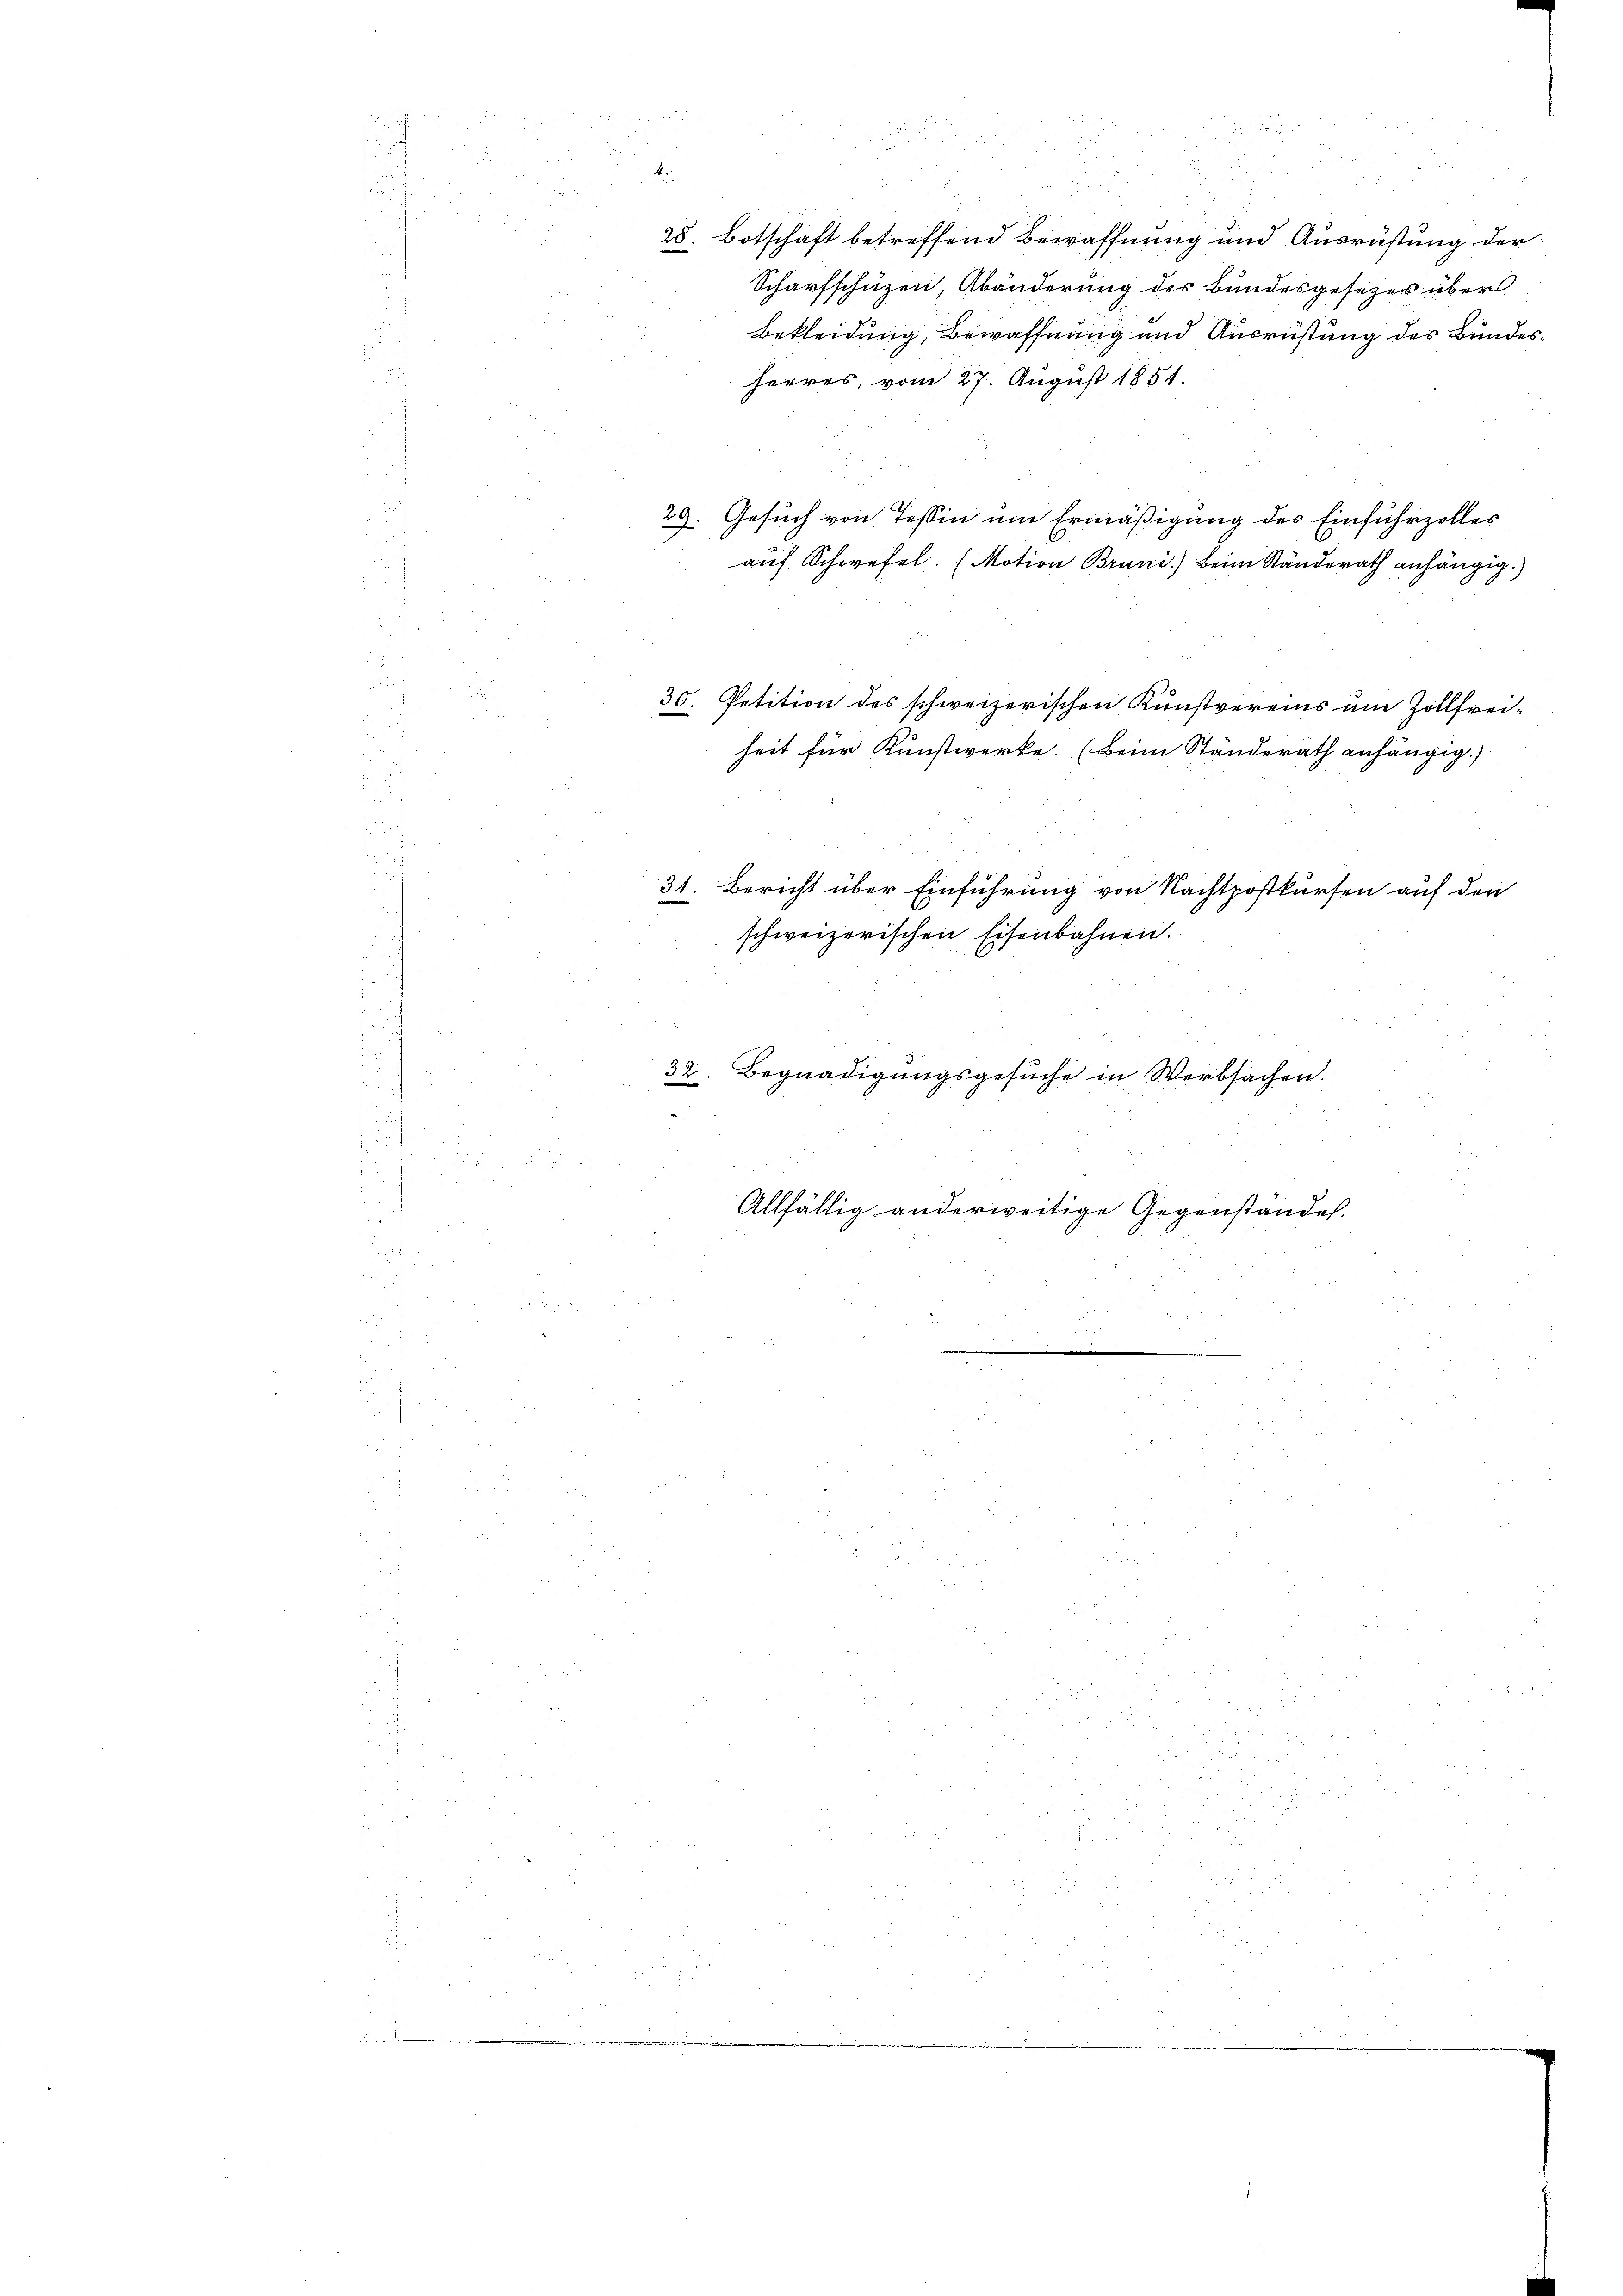
n
u
b.
5
i
28. Botschaft betreffend Bewaffnung und Ausrüstung der
Scharfschüzen Abänderung des Bundesgesezes über
Bekleidung, Bewaffnung und Ausrüstung des Bundes¬
Heeres, vom 27. August 1851.
29. Gesuch von Tessin um Ermäßigung des Einfuhrzoller
u.
e
auf Schwefel. (Motion Bruni) Beim Ständerath anhängig.)
30. Petition des schweizerischen Kunstvereins um Zollfreif 55 x
25
heit für Kunstwerke. (Beim Ständerath anhängig.)
31. Bericht über Einführung von Nachtpostkursen auf den
schweizerischen Eisenbahnen.
e
Begnadigungsgesuche in Werbsachen.
32
Allfällig anderweitige Gegenstände.
.

u